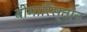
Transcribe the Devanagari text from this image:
बीमारिस्तान